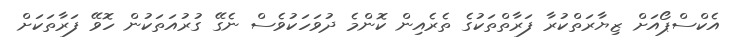
އެކްސްޕޯއަށް ޒިޔާރަތްކުރާ ފަރާތްތަކުގެ ތެރެއިން ކޮންމެ ދުވަހަކުވެސް ނެގޭ ގުރުއަތަކުން ހޮވޭ ފަރާތަކަށް